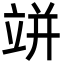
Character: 𥩵